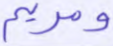
ومريم